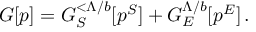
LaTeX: G [ p ] = G _ { S } ^ { < \Lambda / b } [ p ^ { S } ] + G _ { E } ^ { \Lambda / b } [ p ^ { E } ] \, .